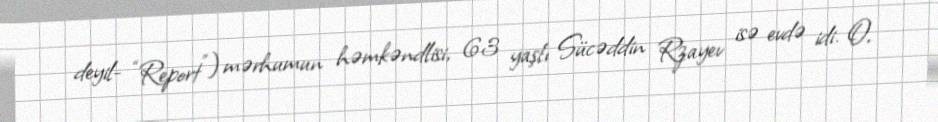
deyil- “Report”) mərhumun həmkəndlisi, 63 yaşlı Sücəddin Rzayev isə evdə idi. O,